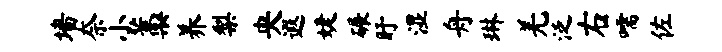
墙奈小藁养梨央遐婕碾盱湿舟琳羌泛右嚅佐